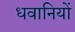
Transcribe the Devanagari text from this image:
धवानियों